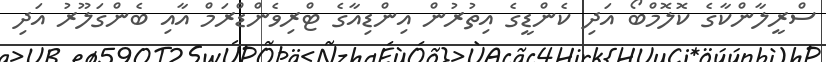
ސްރީލާންކާގެ ކޮލޮމްބޯ އަދި ކެންޑީގެ އިތުރުން އިންޑިއާގެ ޓްރިވެންޑްރަމް އާއި ބެންގަލޫރު އަދި